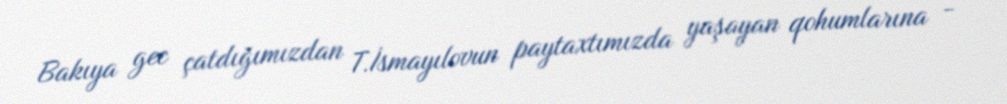
Bakıya gec çatdığımızdan T.İsmayılovun paytaxtımızda yaşayan qohumlarına -